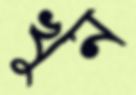
খুন